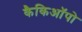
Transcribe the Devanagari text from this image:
कैकिऑपो